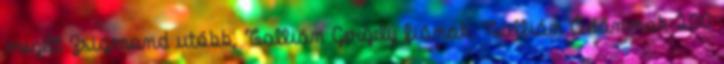
megélt Zsigmond utóbb, Tallián Gergely fiának, Tallián Ádámnak 200